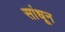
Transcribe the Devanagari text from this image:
सांधून